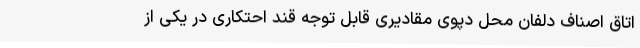
اتاق اصناف دلفان محل دپوی مقادیری قابل توجه قند احتکاری در یکی از